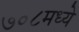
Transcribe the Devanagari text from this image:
७०८मध्ये